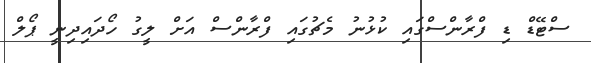
ސްޓޭޑް ޑި ފްރާންސްގައި ކުޅުނު މެޗުގައި ފްރާންސް އަށް ލީގު ހޯދައިދިނީ ޕޯލް